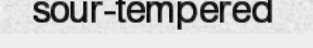
sour-tempered